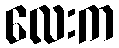
လေးက